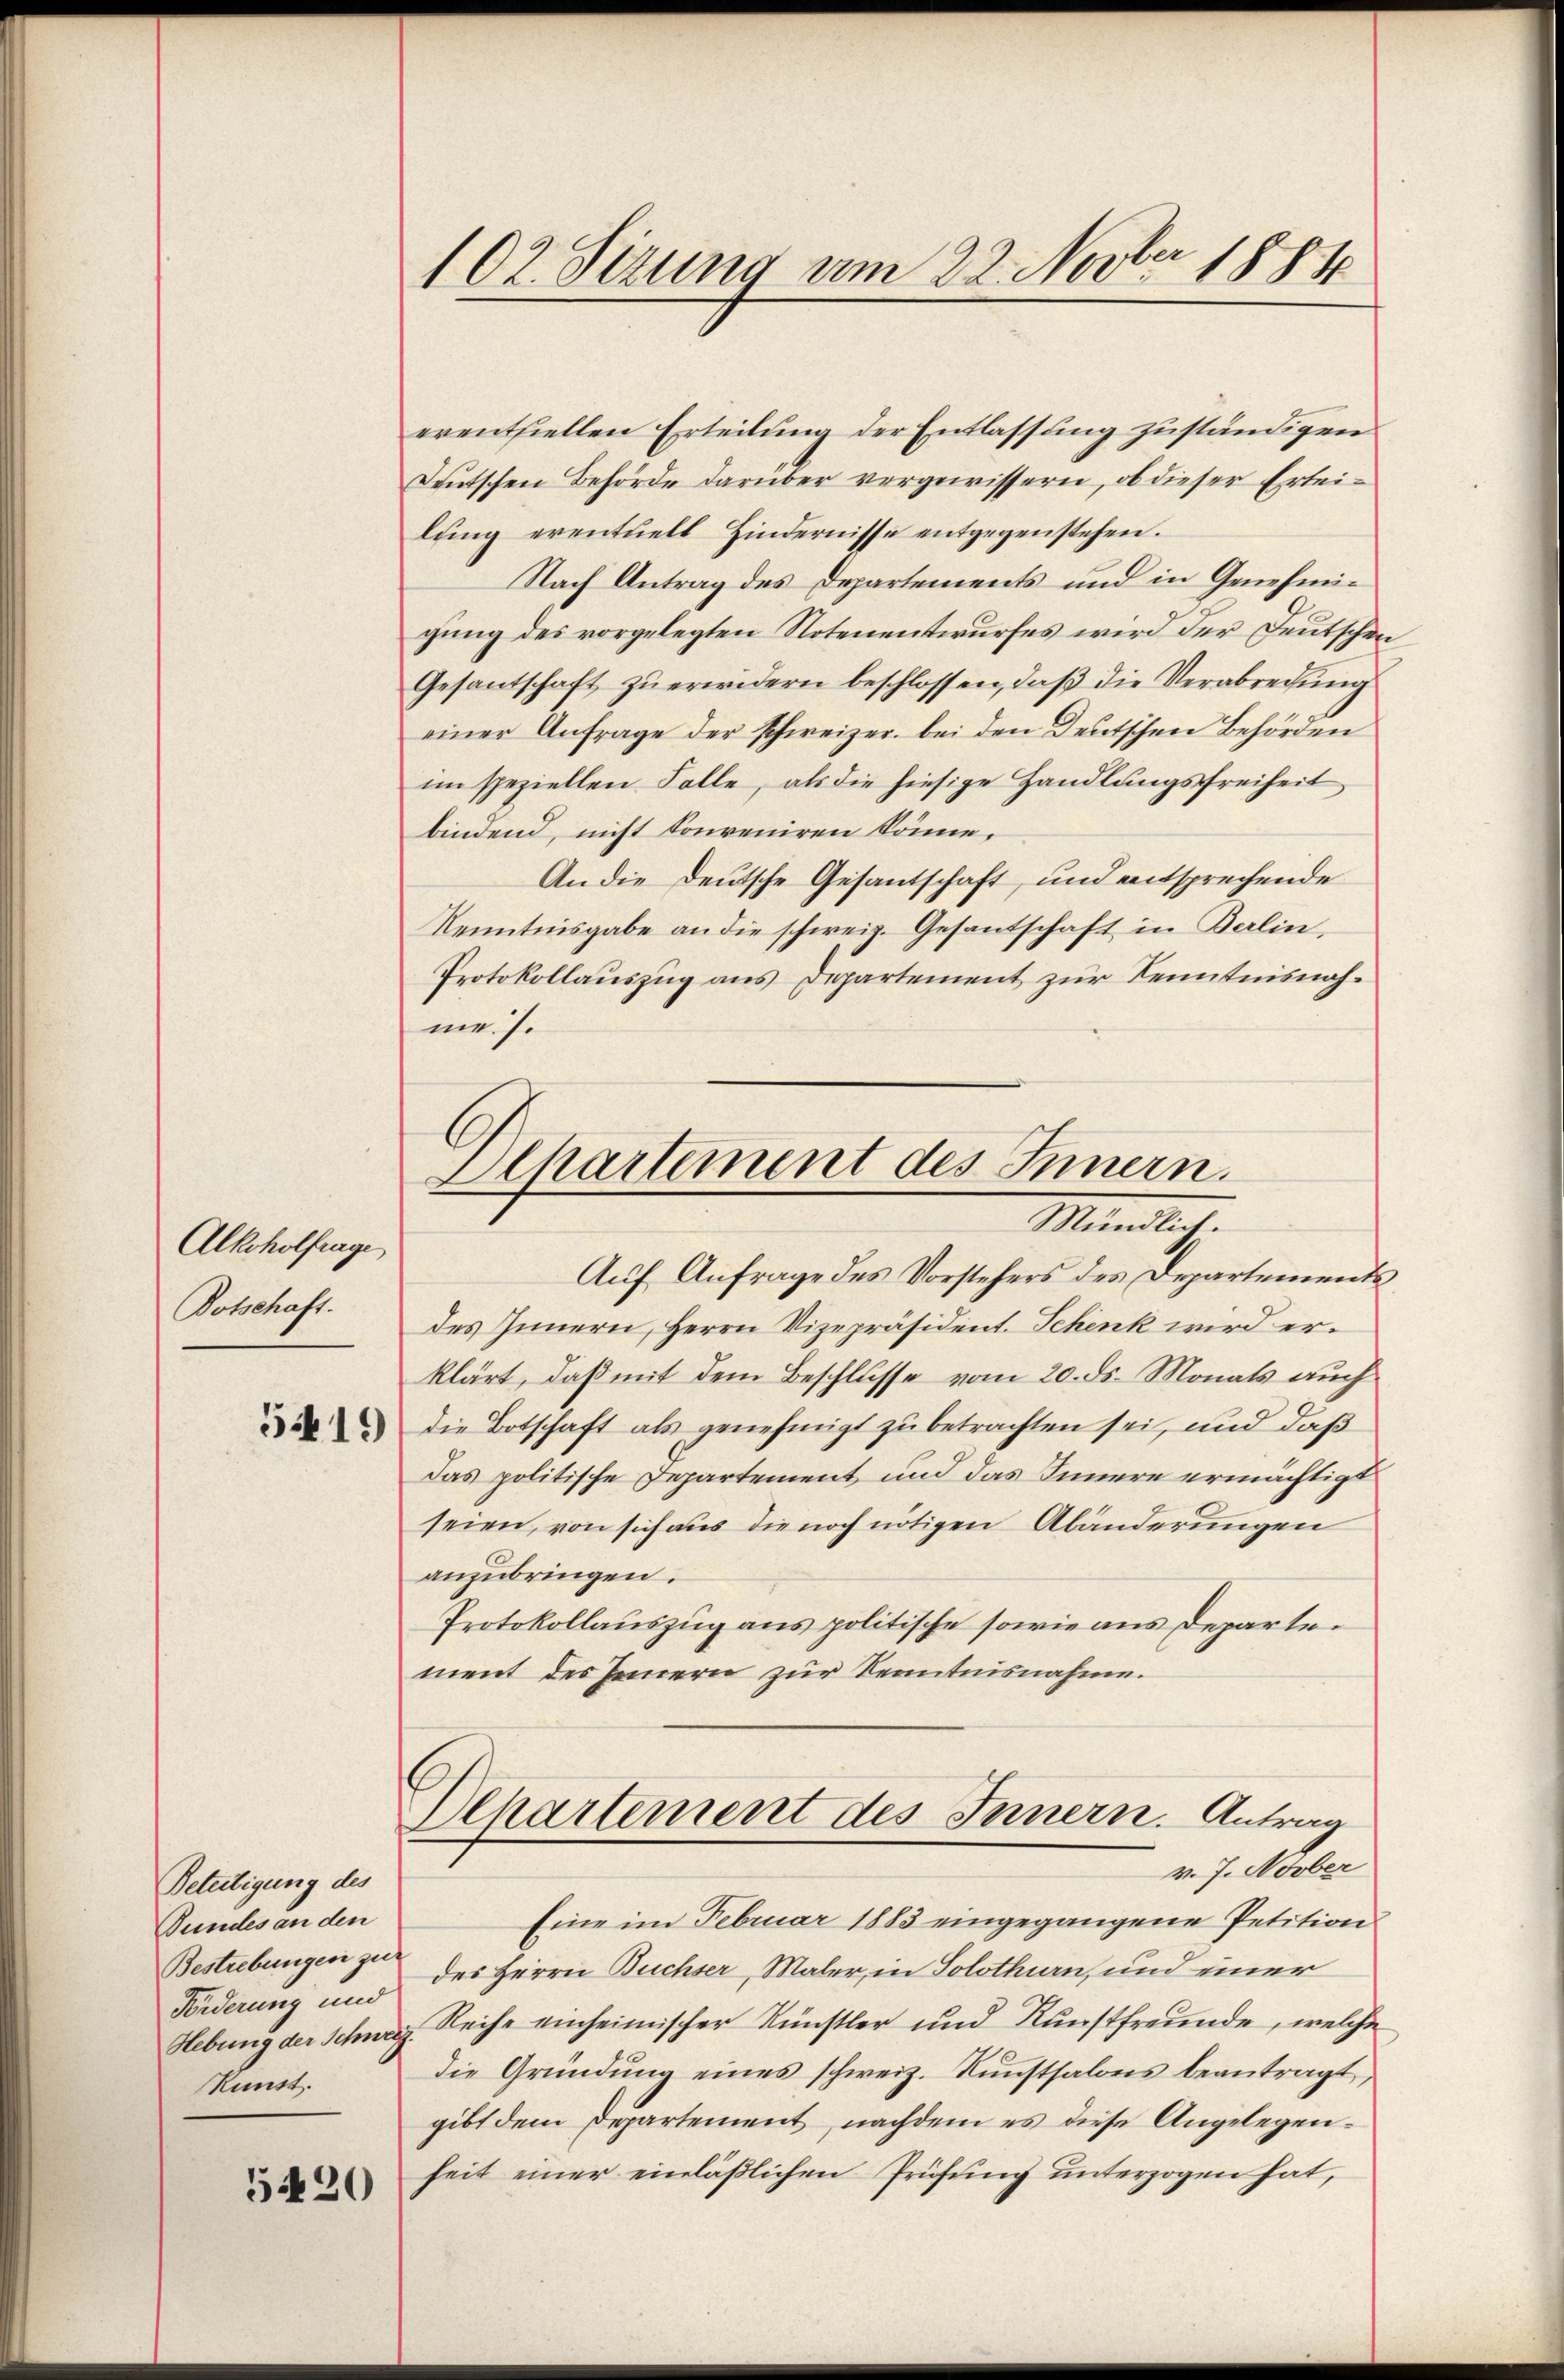
Alkoholfrage
Dotschaft.

Beteiligung des
Bundes an den
Bestrebungen zur
Förderung und
Hebung der Schweiz.
Runst.

5420

erentfiellen Erteilung der Entlassung zuständigen
Deutschen Behörde darüber vorgewissern, ob dieser Ertei-
lŭng eventuell Hindernisse entgegenstehen.
Nach Antrag des Departements und in Genehmigung des vorgelegten Notenentwurfes wird der Deutschen
Gesantschaft zu erwidern beschlossen, daß die Verabredung
einer Anfrage der schweizer. bei den Deutschen Behörden
im speziellen Folle, als die hiesige Handlungsfreiheit
bindend, nicht konveniren könne.
An die Deutsche Gesantschaft, und entsprechende
Kenntnisgabe an die schweiz. Gesantschaft in Berlin,
Protokollauszug aus Departement zur Kenntnisnahme..

102. Sizung am 22. Novber 1884

Departement des Innern.
Mündlich.

Auf Anfrage des Vorstehers des Departements
des Innern, Herrn Vizepräsident. Schenk wird erklärt, daß mit dem Beschlusse vom 20. ds. Monats auch
 die Botschaft als genehmigt zu betrachten sei, und daß
Das politische Departement und das Innere ermächtigt
seien, von sich aus die noch nötigen Abänderungen
anzubringen.
Protokollauszug aus politische sowie aus Departement des Innern zur Kenntnisnahme.

Departement des Innern. Antrag
v. J. Novber

Eine im Februar 1883 eingegangene Petition
des Herrn Buchser, Maler, in Solothurn, und einer
Reihe einheimischer Künstler und Kunstfreunde, welche
die Gründŭng eines schweiz. Kŭnstsalons beantragt,
gibt dem Departement, nachdem es diese Angelegenheit einer einläßlichen Prüfung unterzogen hat,